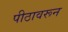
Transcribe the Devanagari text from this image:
पीठावरून